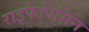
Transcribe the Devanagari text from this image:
राइफैपिसिन